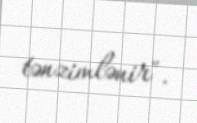
tənzimlənir".